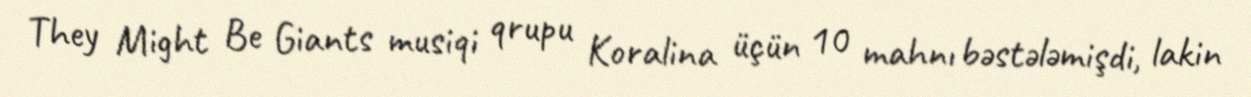
They Might Be Giants musiqi qrupu Koralina üçün 10 mahnı bəstələmişdi, lakin